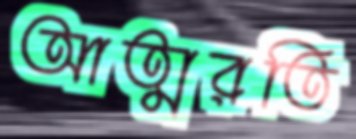
আত্মরতি